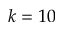
k = 1 0